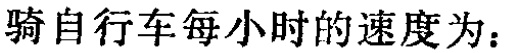
骑自行车每小时的速度为：